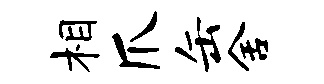
相爪缶舍